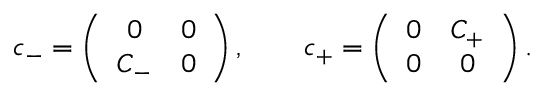
c _ { - } = \left( \begin{array} { c c } { { 0 } } & { { 0 } } \\ { { C _ { - } } } & { { 0 } } \end{array} \right) , \qquad c _ { + } = \left( \begin{array} { c c } { { 0 } } & { { C _ { + } } } \\ { { 0 } } & { { 0 } } \end{array} \right) .